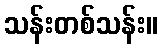
သန်းတစ်သန်း။